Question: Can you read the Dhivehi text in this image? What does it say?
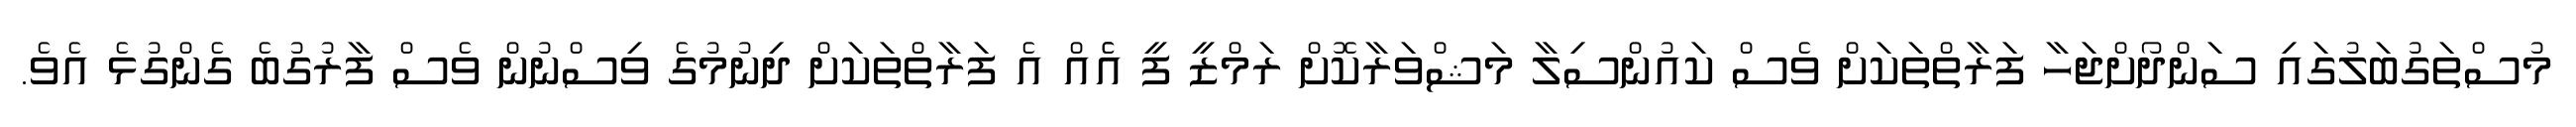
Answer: މުސްތަގުބަލުގައި ސަންދޯށްޖަހާ ފަރާތްތަކަށް ވެސް ކައުންސިލާ މަޝްވަރާކޮށް ރަމްޒީ ފީ އެެއް އެ ފަރާތްތަކަށް ދިނުމުގެ ވިސްނުން ވެސް ފާރުގުބެ ގެންގުޅެ އެވެ.